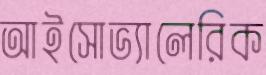
আইসোভ্যালেরিক